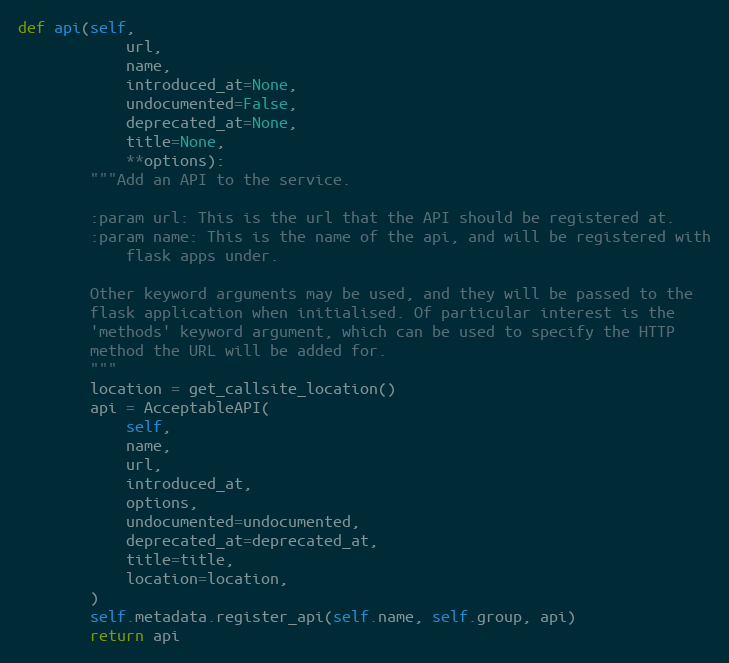
Language: Python
def api(self,
            url,
            name,
            introduced_at=None,
            undocumented=False,
            deprecated_at=None,
            title=None,
            **options):
        """Add an API to the service.

        :param url: This is the url that the API should be registered at.
        :param name: This is the name of the api, and will be registered with
            flask apps under.

        Other keyword arguments may be used, and they will be passed to the
        flask application when initialised. Of particular interest is the
        'methods' keyword argument, which can be used to specify the HTTP
        method the URL will be added for.
        """
        location = get_callsite_location()
        api = AcceptableAPI(
            self,
            name,
            url,
            introduced_at,
            options,
            undocumented=undocumented,
            deprecated_at=deprecated_at,
            title=title,
            location=location,
        )
        self.metadata.register_api(self.name, self.group, api)
        return api